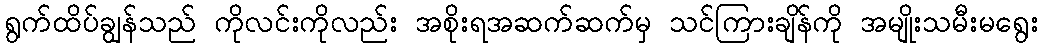
ရွက်ထိပ်ချွန်သည် ကိုလင်းကိုလည်း အစိုးရအဆက်ဆက်မှ သင်ကြားချိန်ကို အမျိုးသမီးမရွေး